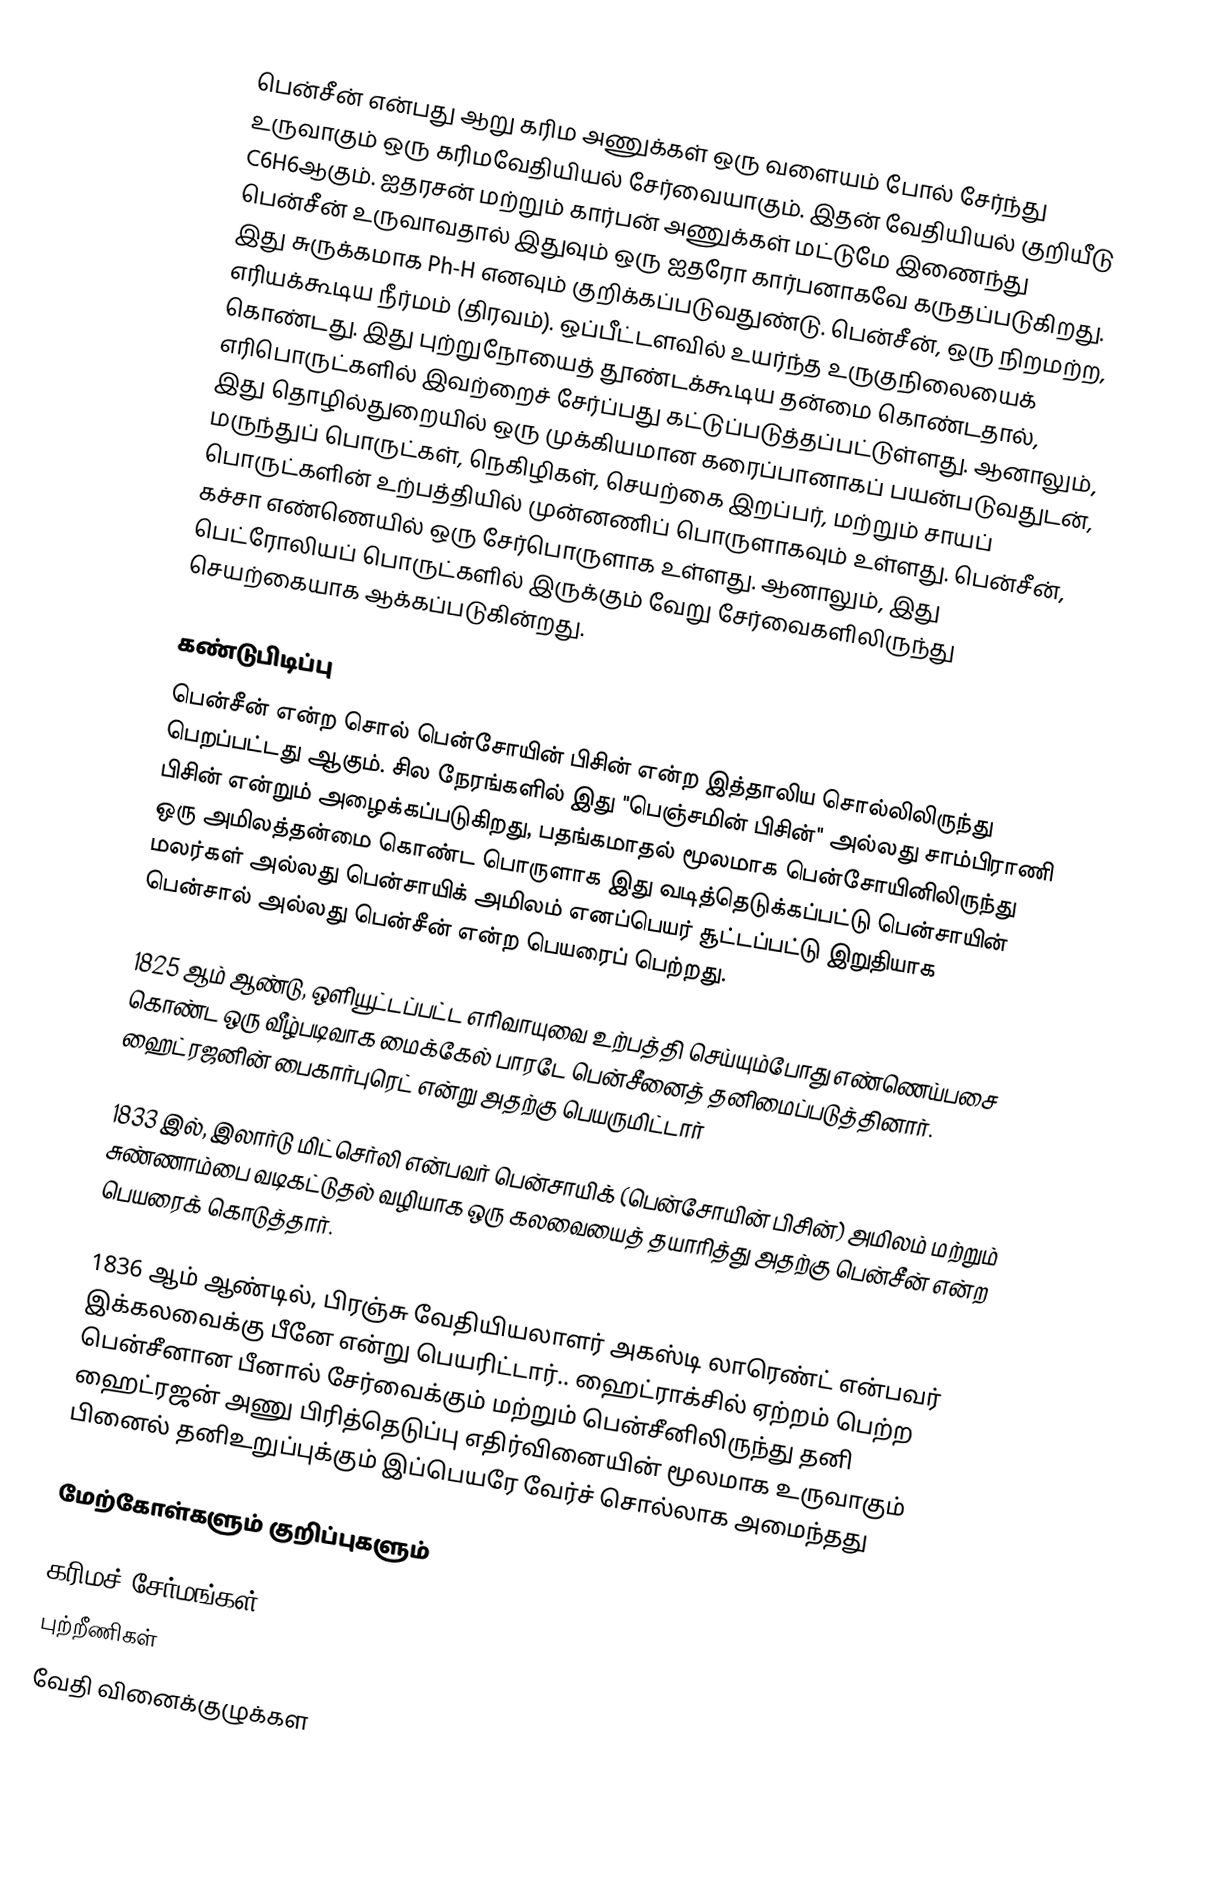
பென்சீன் என்பது ஆறு கரிம அணுக்கள் ஒரு வளையம் போல் சேர்ந்து உருவாகும் ஒரு கரிமவேதியியல் சேர்வையாகும். இதன் வேதியியல் குறியீடு C6H6ஆகும். ஐதரசன் மற்றும் கார்பன் அணுக்கள் மட்டுமே இணைந்து பென்சீன் உருவாவதால் இதுவும் ஒரு ஐதரோ கார்பனாகவே கருதப்படுகிறது. இது சுருக்கமாக Ph-H எனவும் குறிக்கப்படுவதுண்டு. பென்சீன், ஒரு நிறமற்ற, எரியக்கூடிய நீர்மம் (திரவம்). ஒப்பீட்டளவில் உயர்ந்த உருகுநிலையைக் கொண்டது. இது புற்றுநோயைத் தூண்டக்கூடிய தன்மை கொண்டதால், எரிபொருட்களில் இவற்றைச் சேர்ப்பது கட்டுப்படுத்தப்பட்டுள்ளது. ஆனாலும், இது தொழில்துறையில் ஒரு முக்கியமான கரைப்பானாகப் பயன்படுவதுடன், மருந்துப் பொருட்கள், நெகிழிகள், செயற்கை இறப்பர், மற்றும் சாயப் பொருட்களின் உற்பத்தியில் முன்னணிப் பொருளாகவும் உள்ளது. பென்சீன், கச்சா எண்ணெயில் ஒரு சேர்பொருளாக உள்ளது. ஆனாலும், இது பெட்ரோலியப் பொருட்களில் இருக்கும் வேறு சேர்வைகளிலிருந்து செயற்கையாக ஆக்கப்படுகின்றது.

கண்டுபிடிப்பு
பென்சீன் என்ற சொல் பென்சோயின் பிசின் என்ற இத்தாலிய சொல்லிலிருந்து பெறப்பட்டது ஆகும். சில நேரங்களில் இது "பெஞ்சமின் பிசின்" அல்லது சாம்பிராணி பிசின் என்றும் அழைக்கப்படுகிறது, பதங்கமாதல் மூலமாக பென்சோயினிலிருந்து ஒரு அமிலத்தன்மை கொண்ட பொருளாக இது வடித்தெடுக்கப்பட்டு பென்சாயின் மலர்கள் அல்லது பென்சாயிக் அமிலம் எனப்பெயர் சூட்டப்பட்டு இறுதியாக பென்சால் அல்லது பென்சீன் என்ற பெயரைப் பெற்றது.

1825 ஆம் ஆண்டு, ஒளியூட்டப்பட்ட எரிவாயுவை உற்பத்தி செய்யும்போது எண்ணெய்பசை கொண்ட ஒரு வீழ்படிவாக மைக்கேல் பாரடே  பென்சீனைத் தனிமைப்படுத்தினார்.  ஹைட்ரஜனின் பைகார்புரெட் என்று அதற்கு பெயருமிட்டார்

1833 இல், இலார்டு மிட்செர்லி என்பவர் பென்சாயிக் (பென்சோயின் பிசின்) அமிலம் மற்றும் சுண்ணாம்பை  வடிகட்டுதல் வழியாக ஒரு கலவையைத் தயாரித்து அதற்கு பென்சீன் என்ற பெயரைக் கொடுத்தார்.

1836 ஆம் ஆண்டில், பிரஞ்சு வேதியியலாளர் அகஸ்டி லாரெண்ட் என்பவர் இக்கலவைக்கு பீனே என்று பெயரிட்டார்.. ஹைட்ராக்சில் ஏற்றம் பெற்ற பென்சீனான பீனால் சேர்வைக்கும் மற்றும் பென்சீனிலிருந்து தனி ஹைட்ரஜன் அணு பிரித்தெடுப்பு எதிர்வினையின் மூலமாக உருவாகும் பினைல் தனிஉறுப்புக்கும் இப்பெயரே வேர்ச் சொல்லாக அமைந்தது

மேற்கோள்களும் குறிப்புகளும்

கரிமச் சேர்மங்கள்
புற்றீணிகள்
வேதி வினைக்குழுக்கள